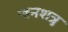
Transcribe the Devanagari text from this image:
जनशत्रु